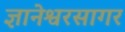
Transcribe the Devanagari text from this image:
ज्ञानेश्वरसागर